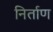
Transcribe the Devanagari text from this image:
निर्ताण